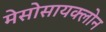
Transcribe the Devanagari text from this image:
मेसोसायक्लोन